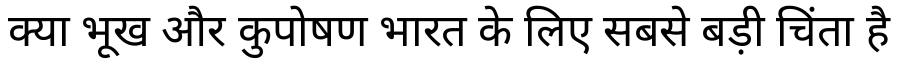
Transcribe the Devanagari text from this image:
क्या भूख और कुपोषण भारत के लिए सबसे बड़ी चिंता है